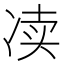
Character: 𰃿